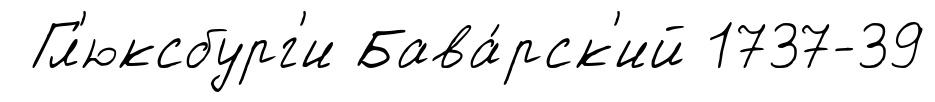
Гл'юксбург'и Бава́рск'ий 1737-39